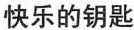
快乐的钥匙